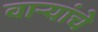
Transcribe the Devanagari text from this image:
वाऱ्यांचे